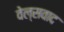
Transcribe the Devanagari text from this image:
वेल्सवाद